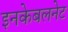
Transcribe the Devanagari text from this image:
इनकेबलनेट